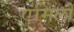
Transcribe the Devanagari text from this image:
एंमिलौ